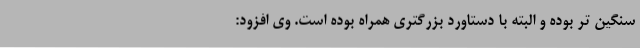
سنگین تر بوده و البته با دستاورد بزرگتری همراه بوده است. وی افزود: